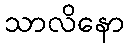
သာလိနော